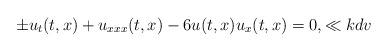
LaTeX: \begin{align*}\pm u_t(t,x)+u_{xxx}(t,x)-6u(t,x)u_x(t,x)=0,\ll{kdv}\end{align*}